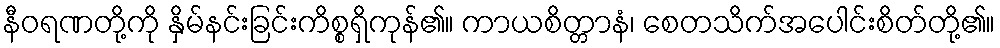
နီဝရဏတို့ကို နှိမ်နင်းခြင်းကိစ္စရှိကုန်၏။ ကာယစိတ္တာနံ၊ စေတသိက်အပေါင်းစိတ်တို့၏။